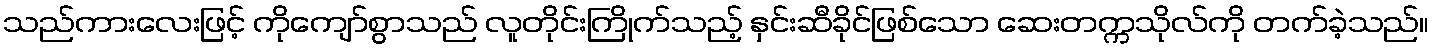
သည်ကားလေးဖြင့် ကိုကျော်စွာသည် လူတိုင်းကြိုက်သည့် နှင်းဆီခိုင်ဖြစ်သော ဆေးတက္ကသိုလ်ကို တက်ခဲ့သည်။